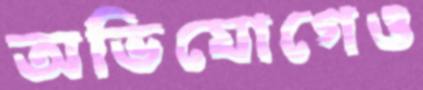
অভিযোগেও